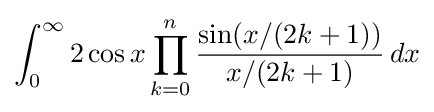
\int _{0}^{\infty }2\cos x\prod _{k=0}^{n}{\frac {\sin(x/(2k+1))}{x/(2k+1)}}\,dx